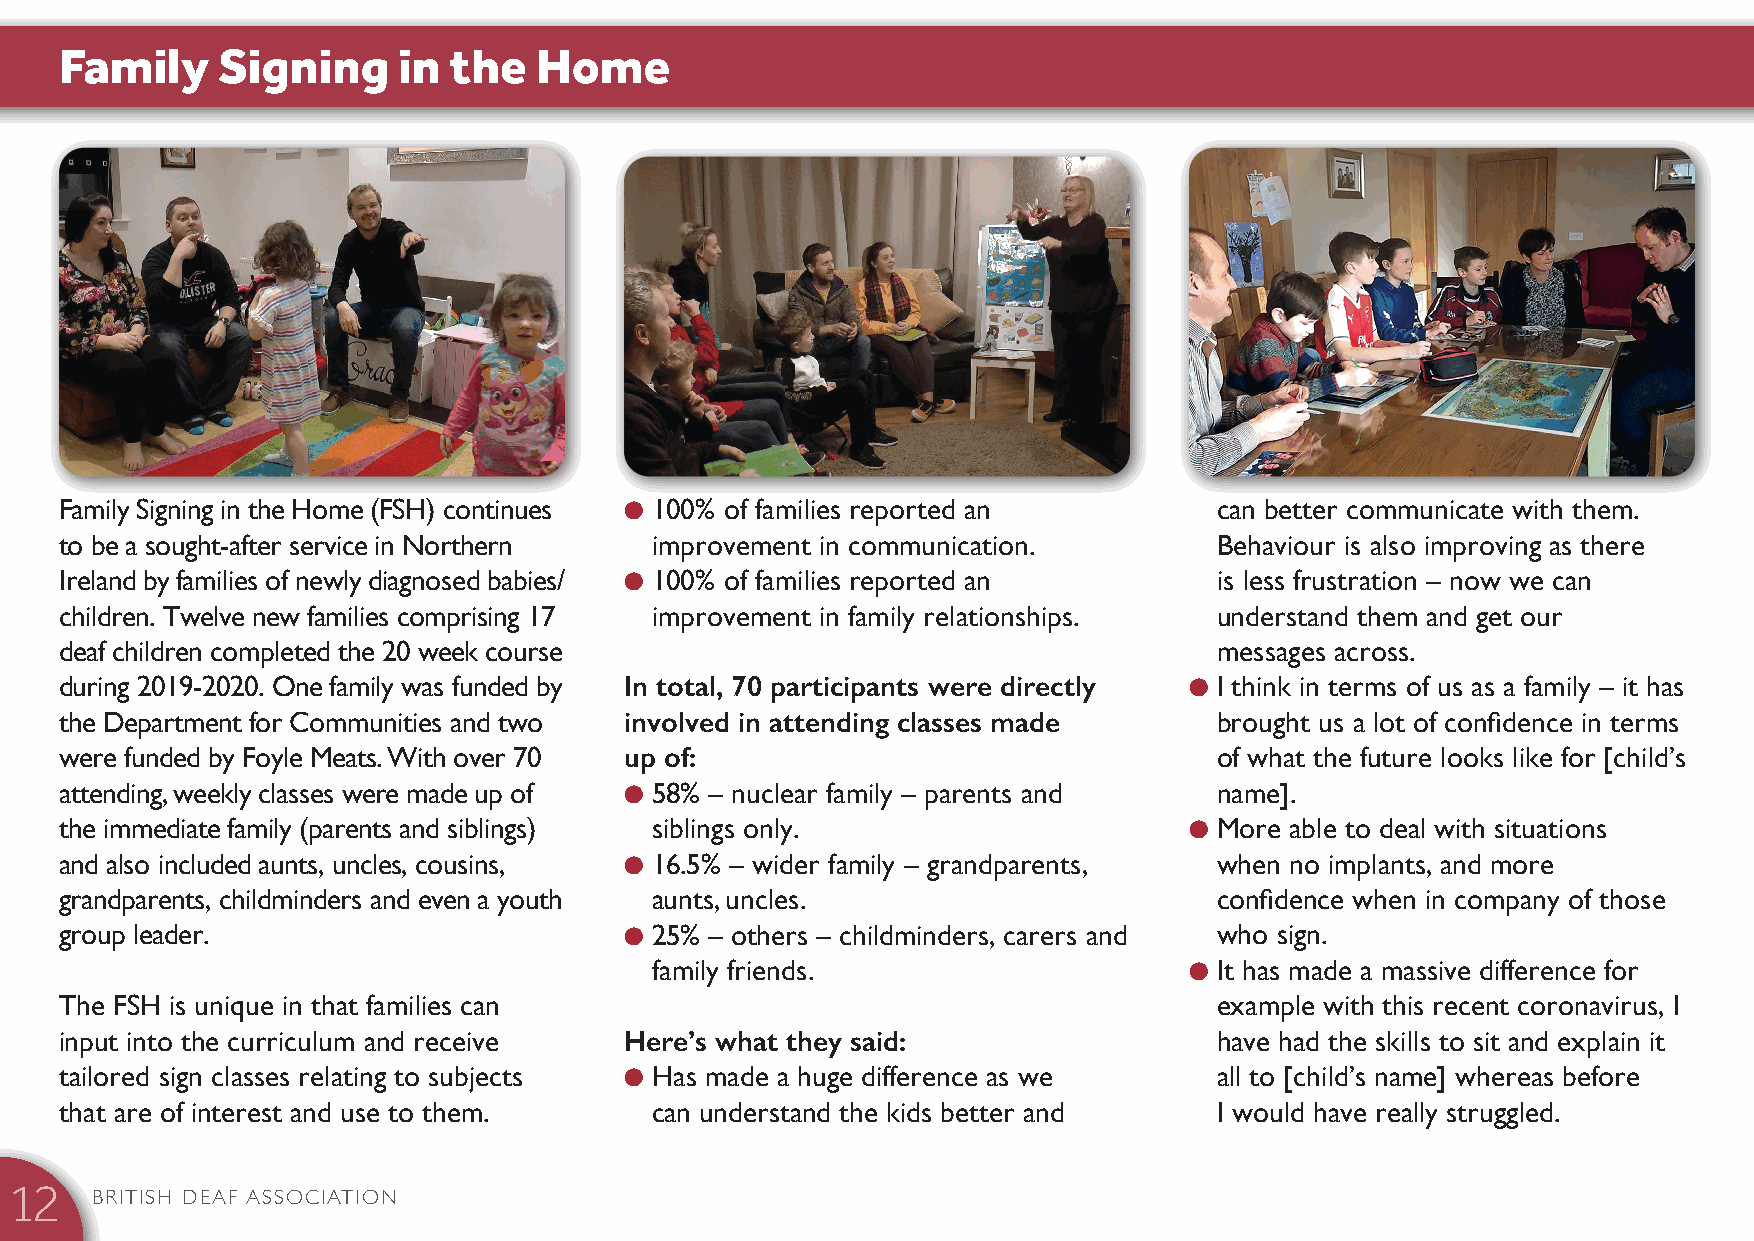
Family    Signing     in  the  Home
 Family Signing in the Home (FSH) continues l 100% of families reported an    can better communicate with them.
 to be a sought-after service in Northern improvement in communication.       Behaviour is also improving as there
 Ireland by families of newly diagnosed babies/ l 100% of families reported an is less frustration – now we can
 children. Twelve new families comprising 17 improvement in family relationships. understand them and get our
 deaf children completed the 20 week course                                   messages across.
 during 2019-2020. One family was funded by In total, 70 participants were directly l I think in terms of us as a family – it has
 the Department for Communities and two involved in attending classes made    brought us a lot of confidence in terms
 were funded by Foyle Meats. With over 70 up of:                              of what the future looks like for [child’s
 attending, weekly classes were made up of l 58% – nuclear family – parents and name].
 the immediate family (parents and siblings) siblings only.                 l More able to deal with situations
 and also included aunts, uncles, cousins, l 16.5% – wider family – grandparents, when no implants, and more
 grandparents, childminders and even a youth aunts, uncles.                   confidence when in company of those
 group leader.                        l 25% – others – childminders, carers and who sign.
 family friends.                     l It has made a massive difference for
 The FSH is unique in that families can                                       example with this recent coronavirus, I
 input into the curriculum and receive Here’s what they said:                 have had the skills to sit and explain it
 tailored sign classes relating to subjects l Has made a huge difference as we all to [child’s name] whereas before
 that are of interest and use to them.  can understand the kids better and    I would have really struggled.
 BRITISH DEAF ASSOCIATION
 12